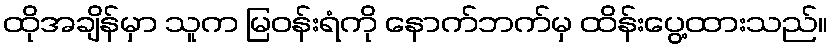
ထိုအချိန်မှာ သူက မြဝန်းရံကို နောက်ဘက်မှ ထိန်းပွေ့ထားသည်။